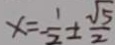
x = - \frac { 1 } { 2 } \pm \frac { \sqrt { 5 } } { 2 }